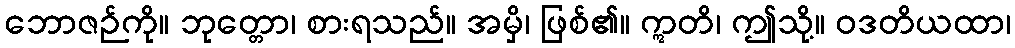
ဘောဇဉ်ကို။ ဘုတ္တော၊ စားရသည်။ အမှိ၊ ဖြစ်၏။ ဣတိ၊ ဤသို့။ ဝဒတိယထာ၊